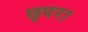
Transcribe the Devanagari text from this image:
छ्परा